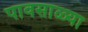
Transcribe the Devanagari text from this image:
पावसाळ्या